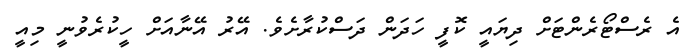
އެ ރެސްޓޯރެންޓަށް ދިޔައީ ކޮފީ ހަދަން ދަސްކުރާށެވެ. އޭރު އޭނާއަށް ހީކުރެވުނީ މިއީ